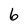
Character: 6